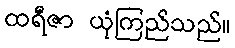
ထရီဇာ ယုံကြည်သည်။